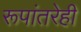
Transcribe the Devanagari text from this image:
रूपांतरेही